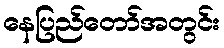
နေပြည်တော်အတွင်း